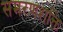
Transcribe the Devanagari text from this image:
समरणशक्ति